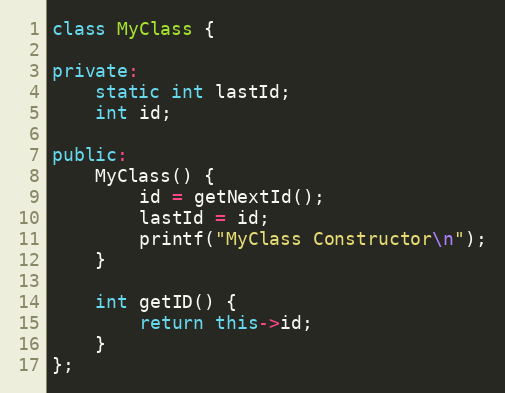
Language: C++
class MyClass {

private:
    static int lastId;
    int id;

public:
    MyClass() {
        id = getNextId();
        lastId = id;
        printf("MyClass Constructor\n");
    }

    int getID() {
        return this->id;
    }
};